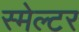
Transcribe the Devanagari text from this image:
स्मेल्टर